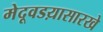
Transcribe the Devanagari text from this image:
मेदूवडय़ासारखे